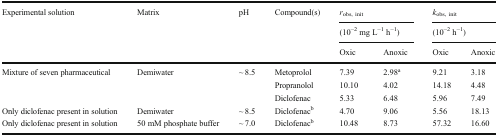
<table><thead><tr><td rowspan="3"><b>Experimental solution</b></td><td rowspan="3"><b>Matrix</b></td><td rowspan="3"><b>pH</b></td><td rowspan="3"><b>Compound(s)</b></td><td colspan="2"><b><i>r</i><sub>obs, init</sub></b></td><td colspan="2"><b><i>k</i><sub>obs, init</sub></b></td></tr><tr><td colspan="2"><b>(10<sup>−2</sup> mg L<sup>−1</sup> h<sup>−1</sup>)</b></td><td colspan="2"><b>(10<sup>−2</sup> h<sup>−1</sup>)</b></td></tr><tr><td><b>Oxic</b></td><td><b>Anoxic</b></td><td><b>Oxic</b></td><td><b>Anoxic</b></td></tr></thead><tbody><tr><td rowspan="3">Mixture of seven pharmaceutical</td><td rowspan="3">Demiwater</td><td rowspan="3">~ 8.5</td><td>Metoprolol</td><td>7.39</td><td>2.98<sup>a</sup></td><td>9.21</td><td>3.18</td></tr><tr><td>Propranolol</td><td>10.10</td><td>4.02</td><td>14.18</td><td>4.48</td></tr><tr><td>Diclofenac</td><td>5.33</td><td>6.48</td><td>5.96</td><td>7.49</td></tr><tr><td>Only diclofenac present in solution</td><td>Demiwater</td><td>~ 8.5</td><td>Diclofenac<sup>b</sup></td><td>4.70</td><td>9.06</td><td>5.56</td><td>18.13</td></tr><tr><td>Only diclofenac present in solution</td><td>50 mM phosphate buffer</td><td>~ 7.0</td><td>Diclofenac<sup>b</sup></td><td>10.48</td><td>8.73</td><td>57.32</td><td>16.60</td></tr></tbody></table>